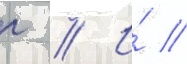
г // И́ //